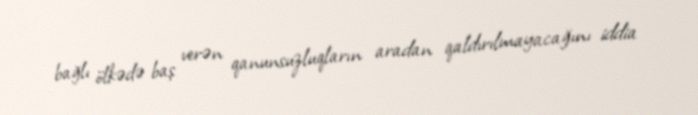
bağlı ölkədə baş verən qanunsuzluqların aradan qaldırılmayacağını iddia